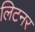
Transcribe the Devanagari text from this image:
लिटनर